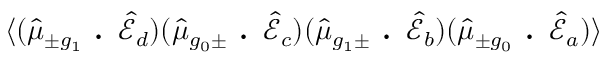
\langle ( \hat { \mu } _ { \pm g _ { 1 } } \textbf { . } \hat { \mathcal { E } } _ { d } ) ( \hat { \mu } _ { g _ { 0 } \pm } \textbf { . } \hat { \mathcal { E } } _ { c } ) ( \hat { \mu } _ { g _ { 1 } \pm } \textbf { . } \hat { \mathcal { E } } _ { b } ) ( \hat { \mu } _ { \pm g _ { 0 } } \textbf { . } \hat { \mathcal { E } } _ { a } ) \rangle